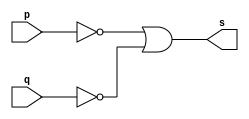
//------------------------
// NAND(Morgan)
// Bernardo MP Olimpio
//------------------------

module nandmorgangate(output s,
input p,
input q);
assign s = ~p|~q;

endmodule

module testnandmorgangate;

reg a, b;
wire s;

nandmorgangate NANDMORGAN1(s, a, b);

initial begin:start
a=0; b=0;
end

initial begin
$display("Bernardo MP Olimpio - 451542"); 
$display("Test NAND MORGAN gate"); 
 
a=0; b=0;
$monitor("~%b | %b = %b", a, b, s);
#1	a=0; b=0;
#1 a=0; b=1;
#1 a=1; b=0;
#1 a=1; b=1;
end
endmodule